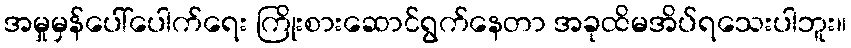
အမှုမှန်ပေါ်ပေါက်ရေး ကြိုးစားဆောင်ရွက်နေတာ အခုထိမအိပ်ရသေးပါဘူး။